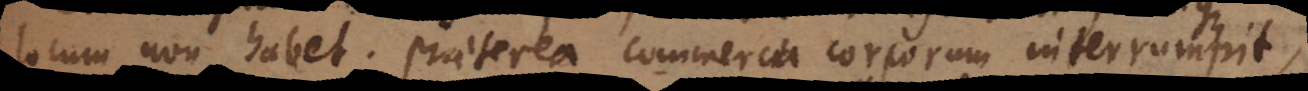
locum non habet. Praeterea commercia corporum interrumpit,